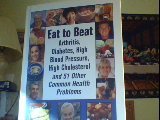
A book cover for Eat to Beat Arthritis, Diabetes, High Blood Pressure, High Cholesterol and 51 O; FC&A Medical Publishing; Health, Fitness & Dieting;